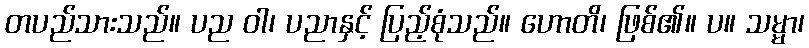
တပည်သားသည်။ ပည ဝါ၊ ပညာနှင့် ပြည့်စုံသည်။ ဟောတိ၊ ဖြစ်၏။ ပ။ သမ္မာ၊